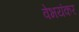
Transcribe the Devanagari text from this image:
वेभयंकर